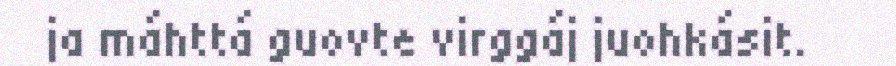
ja máhttá guovte virggáj juohkásit.